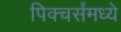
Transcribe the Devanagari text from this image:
पिक्चर्संमध्ये